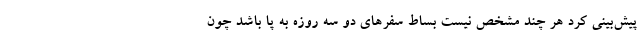
پیش‌بینی کرد هر چند مشخص نیست بساط سفرهای دو سه روزه به پا باشد چون